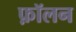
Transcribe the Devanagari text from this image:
फ़ॉलन